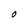
Character: O